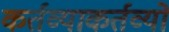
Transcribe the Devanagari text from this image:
कर्तव्याकर्तव्यों